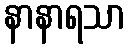
နာနာရသာ